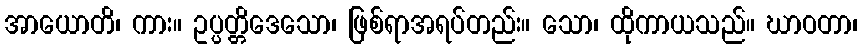
အာယောတိ၊ ကား။ ဥပ္ပတ္တိဒေသော၊ ဖြစ်ရာအရပ်တည်း။ သော၊ ထိုကာယသည်။ ဃာဝတာ၊